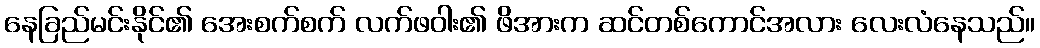
နေခြည်မင်းနိုင်၏ အေးစက်စက် လက်ဖဝါး၏ ဖိအားက ဆင်တစ်ကောင်အလား လေးလံနေသည်။